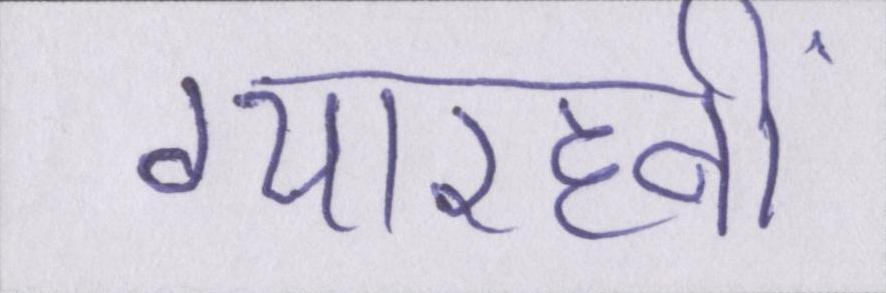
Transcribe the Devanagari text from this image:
ग्यारहवीं